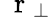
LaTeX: \mathrm{~\mathbf~r~}_{\perp}